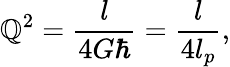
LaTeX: \mathbb{Q}^{2}={\frac{{l}}{{4G\hbar}}}={\frac{{l}}{{4l_{p}}}},